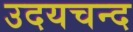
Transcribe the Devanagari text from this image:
उदयचन्द